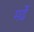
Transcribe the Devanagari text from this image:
मर्ढे